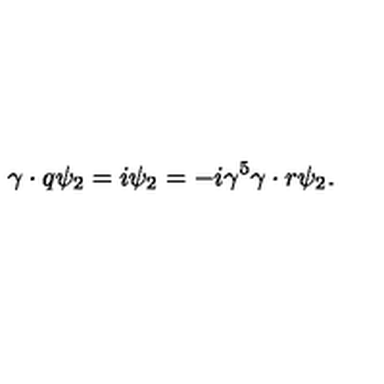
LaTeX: \gamma \cdot q \psi _ { 2 } = i \psi _ { 2 } = - i \gamma ^ { 5 } \gamma \cdot r \psi _ { 2 } .